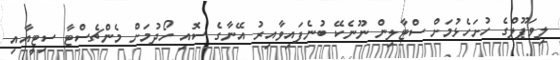
ލިވަޕޫލްގެ ހުށަހެޅުމަށް ސްޓާލިން ނޫނެކޭ ބުނެފައިވާއިރު އޭނާގެ ސޮއި ހޯދުމަށް މެންޗެސްޓާ ސިޓީއާއި